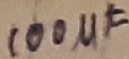
Text: 100µF